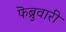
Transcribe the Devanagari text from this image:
फॆब्रुवारी